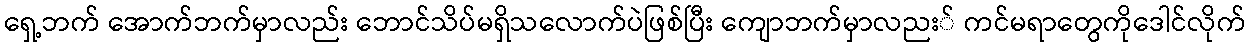
ရှေ့ဘက် အောက်ဘက်မှာလည်း ဘောင်သိပ်မရှိသလောက်ပဲဖြစ်ပြီး ကျောဘက်မှာလညး် ကင်မရာတွေကိုဒေါင်လိုက်